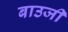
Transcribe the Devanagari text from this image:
बाउजी